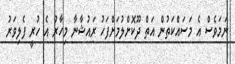
ނަމަވެސް އެ މަސައްކަތުން އަތް ދޫކޮށްލުމަށްފަހު ރައުޝާނާ މިހާރު އެ ހުރީ ފެލިވަރު